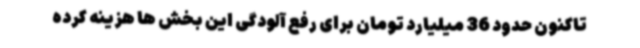
تاکنون حدود 36 میلیارد تومان برای رفع آلودگی این بخش ها هزینه کرده